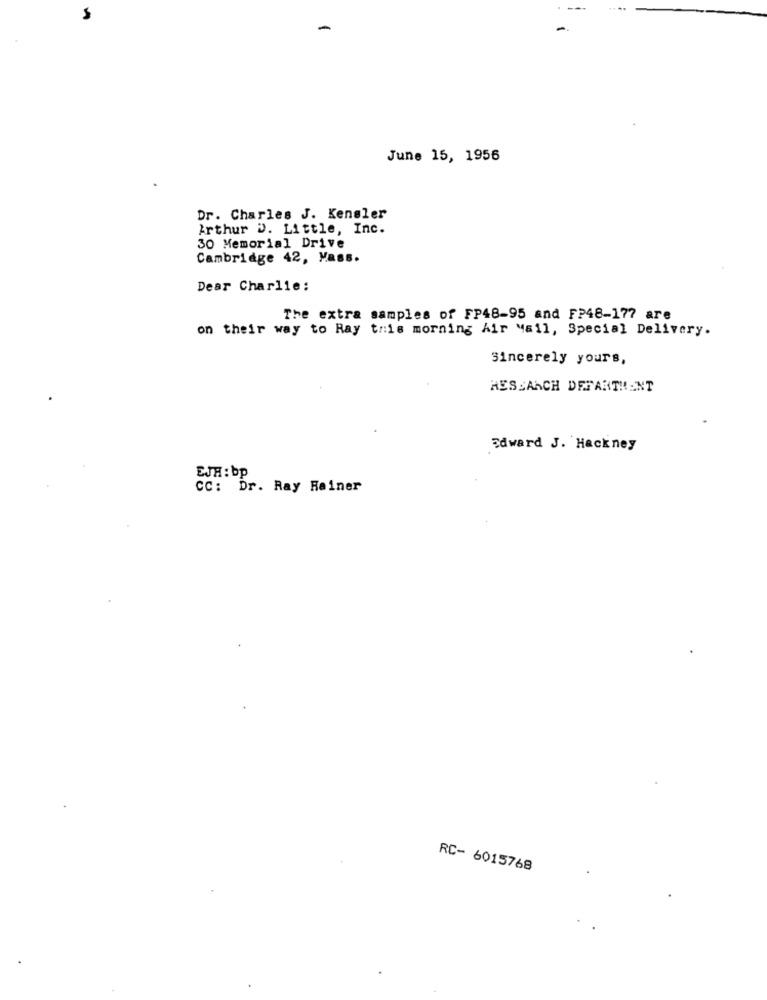
June 15, 1956
Dr. Charles J. Kensler
Arthur D. Little, Inc.
30 Memorial Drive
Cambridge 42, Mass.
Dear Charlie:
The extra samples of FP48-95 and FP48-177 are
on their way to Ray this morning Air Mail, Special Delivery.
Sincerely yours,
HESEARCH DEFARTIENT
Edward J. Hackney
EJH: bp
CC: Dr. Ray Rainer
RC- 6015768